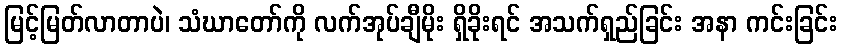
မြင့်မြတ်လာတာပဲ၊ သံဃာတော်ကို လက်အုပ်ချီမိုး ရှိခိုးရင် အသက်ရှည်ခြင်း အနာ ကင်းခြင်း